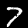
Label: 7